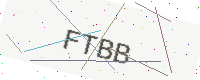
Text: FTBB